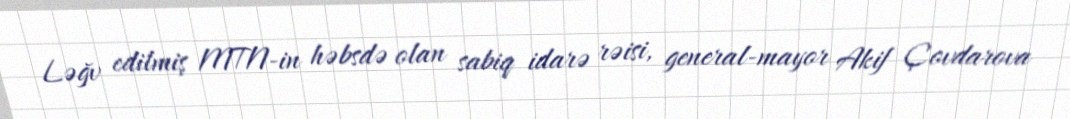
Ləğv edilmiş MTN-in həbsdə olan sabiq idarə rəisi, general-mayor Akif Çovdarova